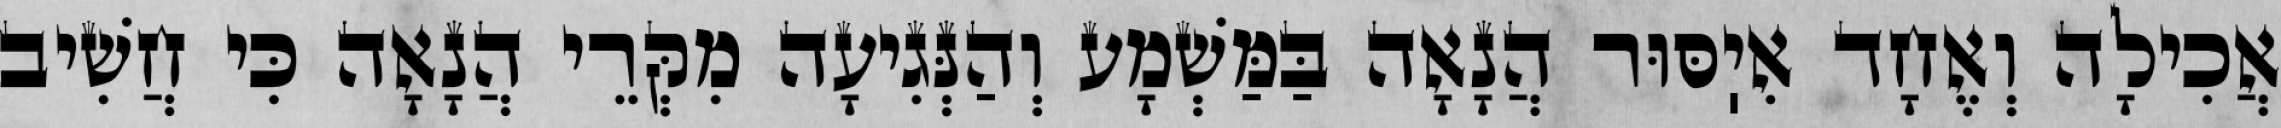
אֲכִילָה וְאֶחָד אִיֽסּוּר הֲנָאָה בַּמַּשְׁמָע וְהַנְּגִיעָה מִקְּרֵי הֲנָאָה כִּי חֲשִׁיב